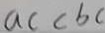
a c < b c